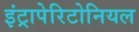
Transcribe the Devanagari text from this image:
इंट्रापेरिटोनियल